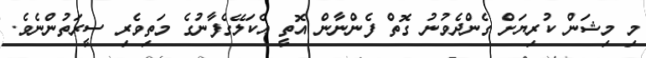
މި މިޝަން ކުރިޔަށް ގެންދެވުނު ގޮތް ފެންނާން އޮތީ އެކަލޭގެފާނުގެ މަތިވެރި ސީރަތުންނެވެ.